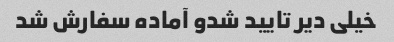
خیلی دیر تایید شدو آماده سفارش شد